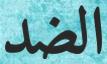
الضد